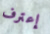
إعترف